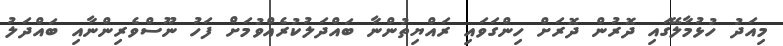
މިއަދު ހުޅުމާލޭގައި ދޮރުން ދޮރަށް ހިންގަވައި ރައްޔިތުންނާ ބައްދަލުކުރެއްވުމަށް ފަހު ނޫސްވެރިންނާއި ބައްދަލު